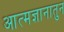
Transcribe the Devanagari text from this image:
आत्मज्ञानातुन